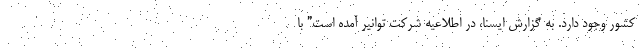
کشور وجود دارد. به گزارش ایسنا، در اطلاعیه شرکت توانیر آمده است” با